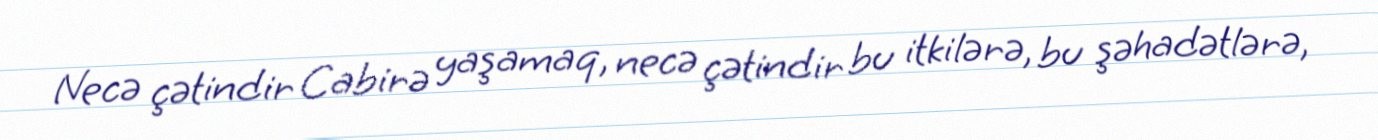
Necə çətindir Cabirə yaşamaq, necə çətindir bu itkilərə, bu şəhadətlərə,